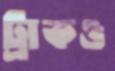
ট্রাকও